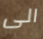
الى